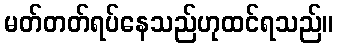
မတ်တတ်ရပ်နေသည်ဟုထင်ရသည်။